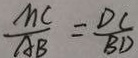
\frac { M C } { A B } = \frac { D C } { B D }